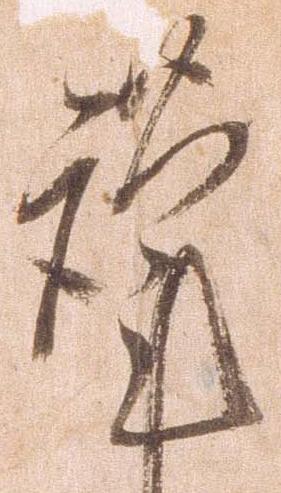
謹